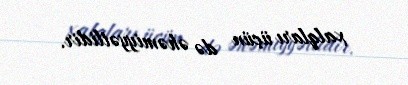
xalqları üçün də əhəmiyyətlidir.